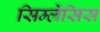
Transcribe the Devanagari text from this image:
सिम्लेंसिस